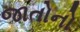
જાતોનો